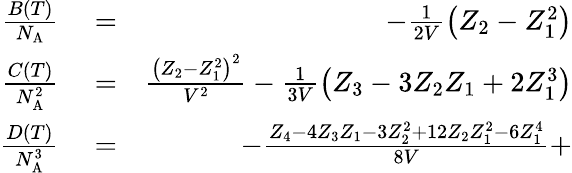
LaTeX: \begin{array}{rlr}{\frac{B(T)}{N_{\mathrm{A}}}}&{{}=}&{-\frac{1}{2V}\left(Z_{2}-Z_{1}^{2}\right)}\\ {\frac{C(T)}{N_{\mathrm{A}}^{2}}}&{{}=}&{\frac{\left(Z_{2}-Z_{1}^{2}\right)^{2}}{V^{2}}-\frac{1}{3V}\left(Z_{3}-3Z_{2}Z_{1}+2Z_{1}^{3}\right)}\\ {\frac{D(T)}{N_{\mathrm{A}}^{3}}}&{{}=}&{-\frac{Z_{4}-4Z_{3}Z_{1}-3Z_{2}^{2}+12Z_{2}Z_{1}^{2}-6Z_{1}^{4}}{8V}+}\end{array}